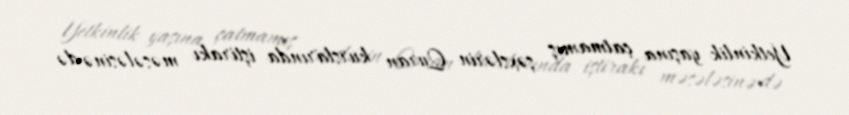
Yetkinlik yaşına çatmamış şəxslərin Quran kurslarında iştirakı məsələsinə də